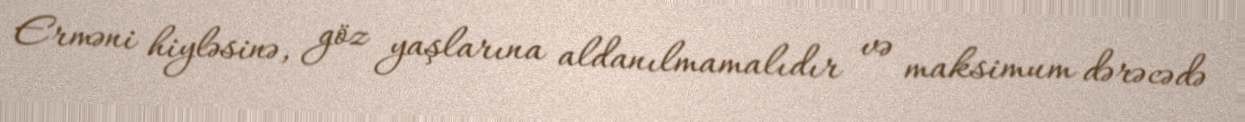
Erməni hiyləsinə, göz yaşlarına aldanılmamalıdır və maksimum dərəcədə